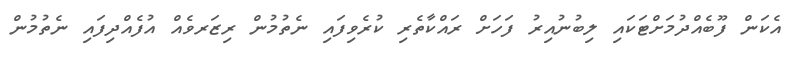
އެކަން ފޫބެއްދުމަށްޓަކައި ލިބުނުއިރު ފަހަށް ރައްކާތެރި ކުރެވިފައި ނެތުމުން ރިޒަރވެއް އުފެއްދިފައި ނެތުމުން